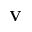
\mathbf { V }